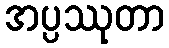
အပ္ပဿုတာ